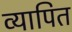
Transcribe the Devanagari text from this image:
व्यापित